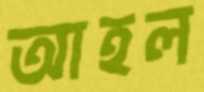
আহল